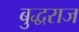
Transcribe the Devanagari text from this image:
बुद्धराज